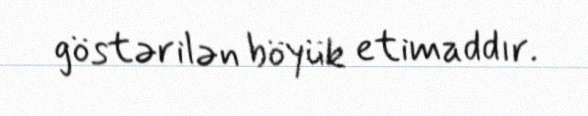
göstərilən böyük etimaddır.